Leaving Certificate Examination, 1918
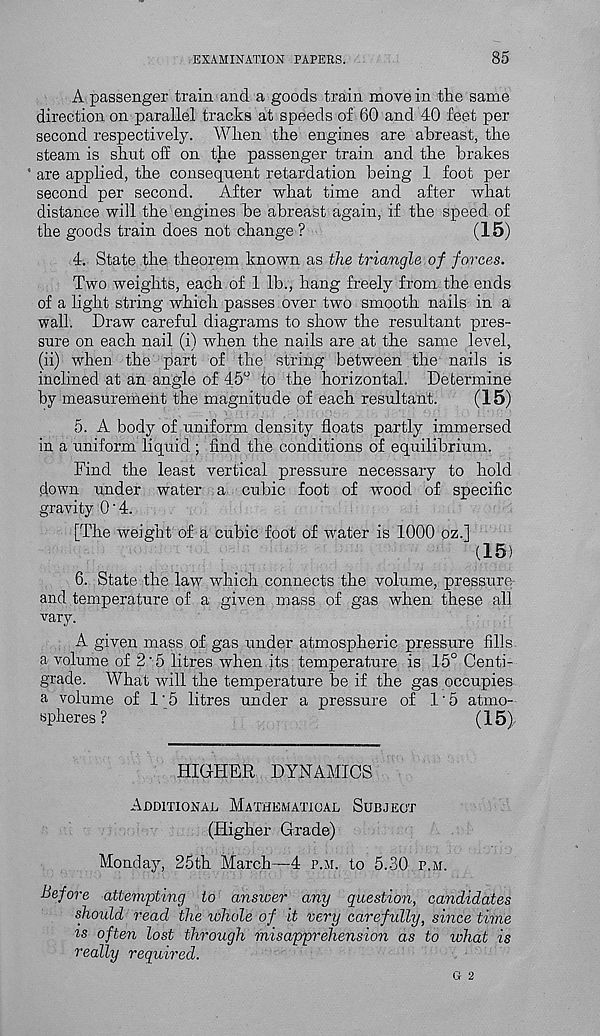
EXAMINATION PAPERS.
85
A passenger train and a goods train move in the same
direction on parallel tracks at speeds of 60 and 40 feet per
second respectively. When the engines are abreast, the
steam is shut off on the passenger train and the brakes
' are applied, the consequent retardation being 1 foot per
second per second.
After what time and after what
distance will the engines be abreast again, if the speed of
the goods train does not change ?
(15)
4. State the theorem known as the triangle of forces.
Two weights, each of 1 lb., hang freely from the ends
of a light string which passes over two smooth nails in a
wall. Draw careful diagrams to show the resultant pres-
sure on each nail (i) when the nails are at the same level,
(ii) when the part of the string between the nails is
inclined at an angle of 45° to the horizontal. Determine
hy measurement the magnitude of each resultant.
(15)
5. A body of uniform density floats partly immersed
in a uniform liquid ; find the conditions of equilibrium.
Find the least vertical pressure necessary to hold
down under water a cubic foot of -wood of specific
gravity 0'4.
[The weight of a cubic foot of water is 1000 oz.]
(15)
6. State the law which connects the volume, pressure
and temperature of a given mass of gas when these all
vary.
A given mass of gas under atmospheric pressure fills
a volume of 2 ‘ 5 litres when its temperature is 15° Centi-
grade. What will the temperature be if the gas occupies
a volume of 1'5 litres under a pressure of 1'5 atmo-
spheres?
(15),
HIGHER DYNAMICS
Additional Mathematical Subject
(Higher Grade)
Monday, 25th March—4 p.m. to 5.30 p.m.
before attempting to answer any question, candidates
should read the whole of it very carefully, since time
is often lost through misapprehension as to what is
really required.